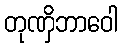
တုဏှိဘာဝေါ